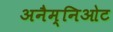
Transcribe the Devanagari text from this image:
अनैम्निओट